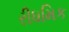
રીધમિક